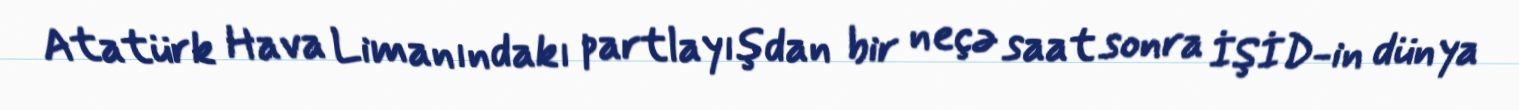
Atatürk Hava Limanındakı partlayışdan bir neçə saat sonra İŞİD-in dünya